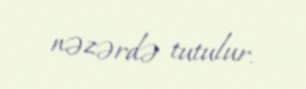
nəzərdə tutulur.